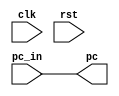
module EXE_stage(
    input clk, rst,
    input[31:0] pc_in,
    output[31:0] pc
);

assign pc = pc_in;

endmodule